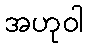
အဟုဝါ